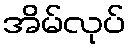
အိမ်လုပ်